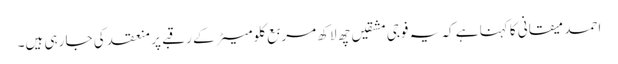
احمد میقانی کا کہنا ہے کہ یہ فوجی مشقیں چھ لاکھ مربع کلومیٹر کے رقبے پر منعقد کی جا رہی ہیں۔